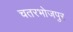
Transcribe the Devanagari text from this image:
चतरभोजपुर